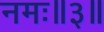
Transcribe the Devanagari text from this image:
नमः॥३॥